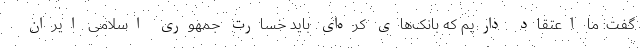
گفت: ما اعتقاد داریم که بانک‌های کره‌ای باید خسارت جمهوری اسلامی ایران